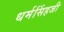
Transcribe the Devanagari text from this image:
धर्मसिंहजी